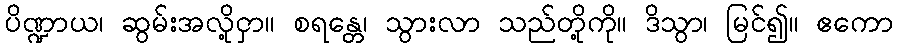
ပိဏ္ဍာယ၊ ဆွမ်းအလို့ငှာ။ စရန္တေ၊ သွားလာ သည်တို့ကို။ ဒိသွာ၊ မြင်၍။ ဧကော